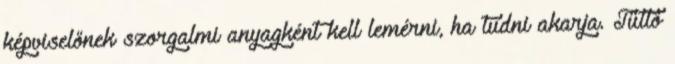
képviselőnek szorgalmi anyagként kell lemérni, ha tudni akarja. Tüttő